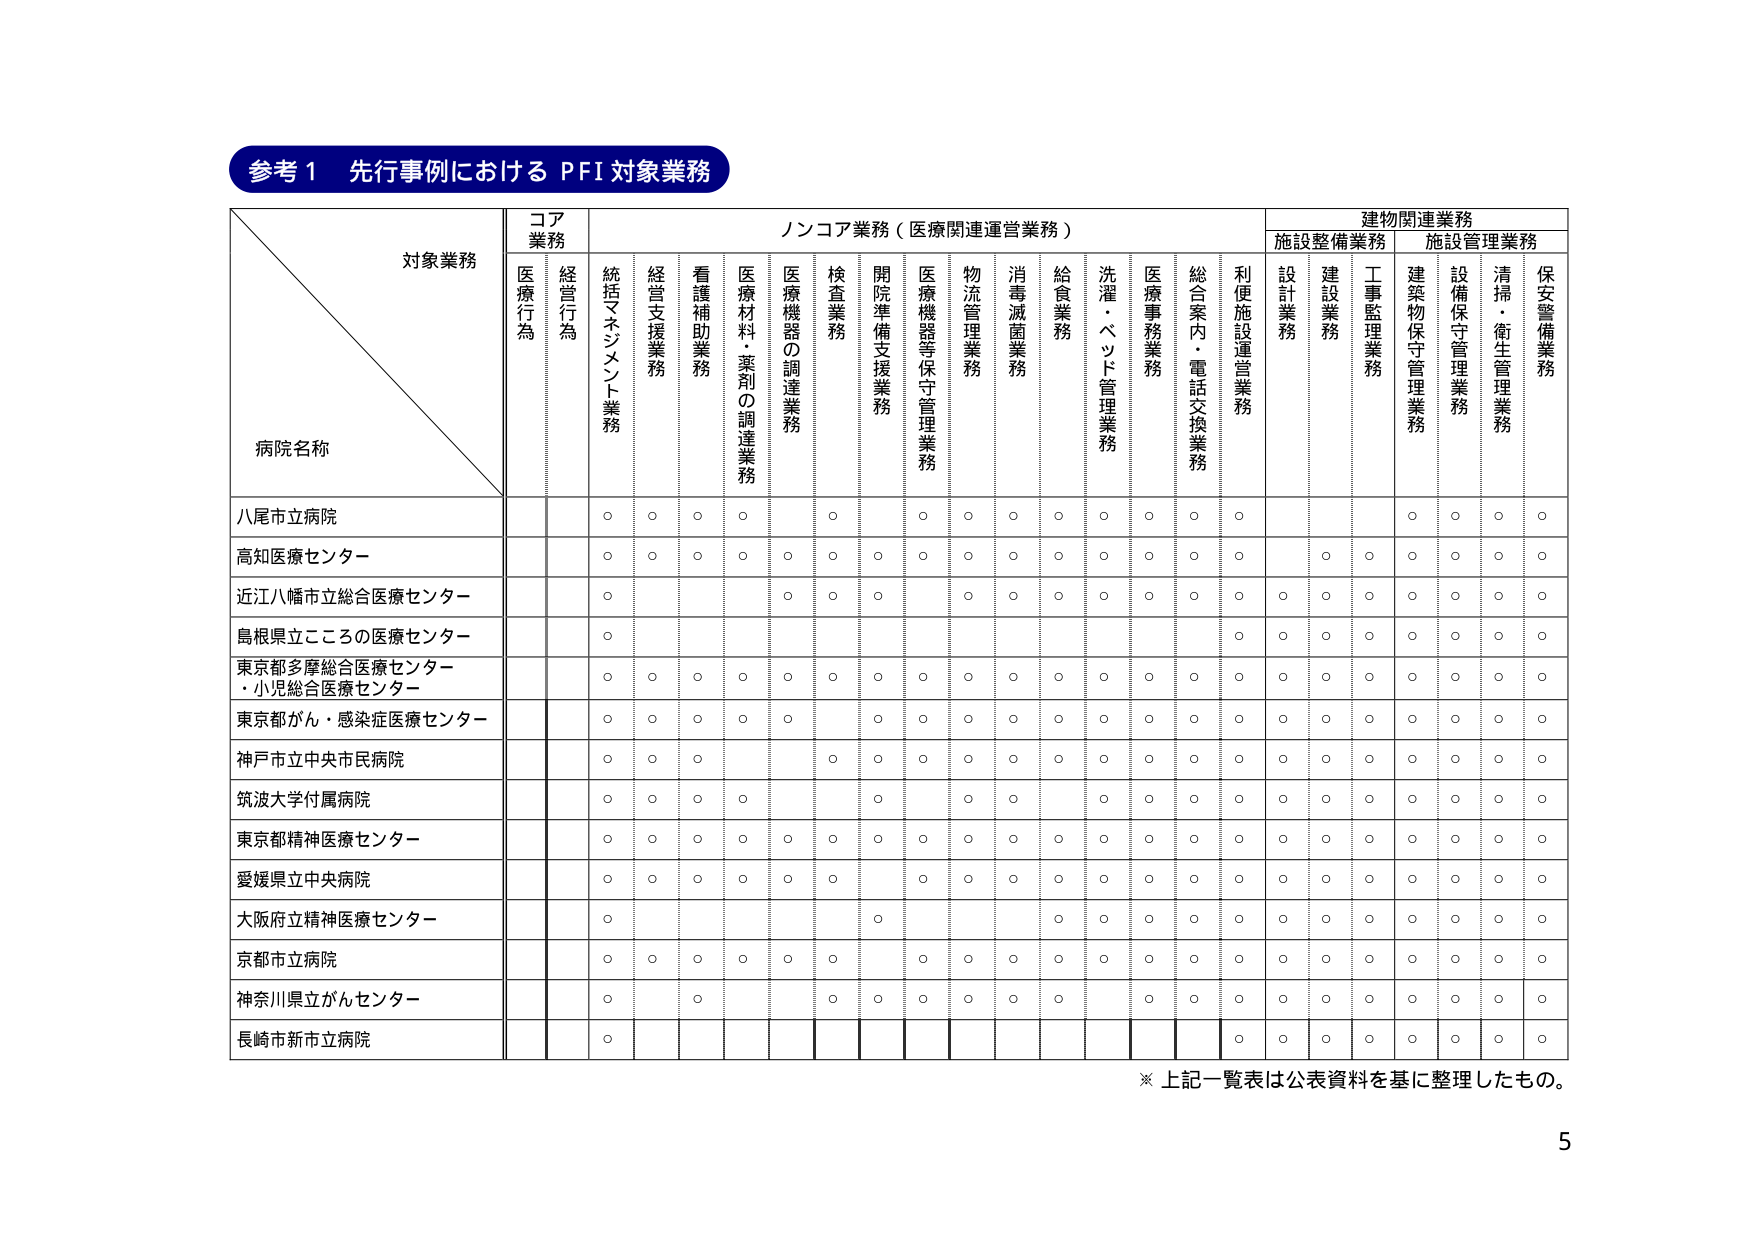
参考１ 先行事例における PFI 対象業務

対象業務
コア業務
ノンコア業務（医療関連運営業務）
建物関連業務
施設整備業務
施設管理業務

病院名称
医療行為
経営行為
統括マネジメント業務
経営支援業務
看護補助業務
医療材料・薬剤の調達業務
医療機器の調達業務
検査業務
開院準備支援業務
医療機器等保守管理業務
物流管理業務
消毒滅菌業務
給食業務
洗濯・ベッド管理業務
医療事務業務
総合案内・電話交換業務
利便施設運営業務
設計業務
建設業務
工事監理業務
建築物保守管理業務
設備保守管理業務
清掃・衛生管理業務
保安警備業務

八尾市立病院
○ ○ ○ ○ ○ ○ ○ ○ ○ ○ ○ ○ ○ ○ ○ ○ ○ ○ ○ ○ ○ ○ ○ ○

高知医療センター
○ ○ ○ ○ ○ ○ ○ ○ ○ ○ ○ ○ ○ ○ ○ ○ ○ ○ ○ ○ ○ ○ ○ ○

近江八幡市立総合医療センター
○ ○ ○ ○ ○ ○ ○ ○ ○ ○ ○ ○ ○ ○ ○ ○ ○ ○ ○ ○ ○ ○ ○ ○

島根県立こころの医療センター
○ ○ ○ ○ ○ ○ ○ ○ ○ ○ ○ ○ ○ ○ ○ ○ ○ ○ ○ ○ ○ ○ ○ ○

東京都多摩総合医療センター
・小児総合医療センター
○ ○ ○ ○ ○ ○ ○ ○ ○ ○ ○ ○ ○ ○ ○ ○ ○ ○ ○ ○ ○ ○ ○ ○

東京都がん・感染症医療センター
○ ○ ○ ○ ○ ○ ○ ○ ○ ○ ○ ○ ○ ○ ○ ○ ○ ○ ○ ○ ○ ○ ○ ○

神戸市立中央市民病院
○ ○ ○ ○ ○ ○ ○ ○ ○ ○ ○ ○ ○ ○ ○ ○ ○ ○ ○ ○ ○ ○ ○ ○

筑波大学付属病院
○ ○ ○ ○ ○ ○ ○ ○ ○ ○ ○ ○ ○ ○ ○ ○ ○ ○ ○ ○ ○ ○ ○ ○

東京都精神医療センター
○ ○ ○ ○ ○ ○ ○ ○ ○ ○ ○ ○ ○ ○ ○ ○ ○ ○ ○ ○ ○ ○ ○ ○

愛媛県立中央病院
○ ○ ○ ○ ○ ○ ○ ○ ○ ○ ○ ○ ○ ○ ○ ○ ○ ○ ○ ○ ○ ○ ○ ○

大阪府立精神医療センター
○ ○ ○ ○ ○ ○ ○ ○ ○ ○ ○ ○ ○ ○ ○ ○ ○ ○ ○ ○ ○ ○ ○ ○

京都市立病院
○ ○ ○ ○ ○ ○ ○ ○ ○ ○ ○ ○ ○ ○ ○ ○ ○ ○ ○ ○ ○ ○ ○ ○

神奈川県立がんセンター
○ ○ ○ ○ ○ ○ ○ ○ ○ ○ ○ ○ ○ ○ ○ ○ ○ ○ ○ ○ ○ ○ ○ ○

長崎市新市立病院
○ ○ ○ ○ ○ ○ ○ ○ ○ ○ ○ ○ ○ ○ ○ ○ ○ ○ ○ ○ ○ ○ ○ ○

※ 上記一覧表は公表資料を基に整理したもの。

5